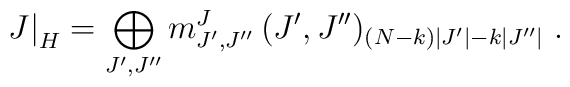
J \bigr|_{H} = \bigoplus_{J',J''} m^J_{J',J''} \,  (J',J'')_{(N-k)|J'|-k|J''|} \;.